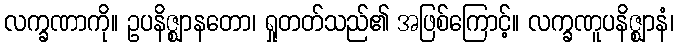
လက္ခဏာကို။ ဥပနိဇ္ဈာနတော၊ ရှုတတ်သည်၏ အဖြစ်ကြောင့်။ လက္ခဏူပနိဇ္ဈာနံ၊